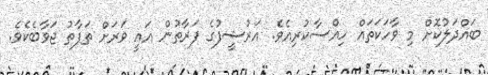
ބައްދަލުކޮށް މި ވާހަކަތައް ހިއްސާކުރިއެވެ. އަރުޝީފުގެ ފަރާތުން އައީ ވަރަށް ތަފާތު ޖަވާބެކެވެ.